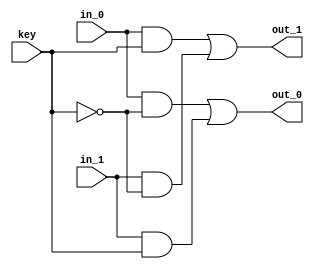
// This program was cloned from: https://github.com/circuitgraph/circuitgraph
// License: MIT License

module switch(in_0,in_1,out_0,out_1,key);
  input in_0,in_1;
  input key;
  output out_0,out_1;
  wire in_0,in_1;
  wire key;
  wire out_0,out_1;
  wire k_b,n_0,n_1,n_2,n_3;
  not NOT (k_b, key);
  or OR_0 (out_0, n_0, n_1);
  and AND0_0 (n_0, in_0, k_b);
  and AND1_0 (n_1, in_1, key);
  or OR_1 (out_1, n_2, n_3);
  and AND0_1 (n_2, in_0, key);
  and AND1_1 (n_3, in_1, k_b);
endmodule